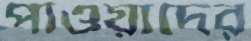
পাওয়াদের